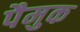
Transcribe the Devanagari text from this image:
पैमुक